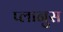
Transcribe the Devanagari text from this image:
प्लानुस